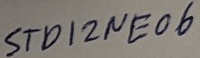
Text: STD12NE06